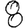
Digit: 8